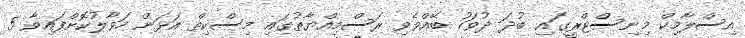
އިސްލާމިކް މިނިސްޓްރީގައި ބުދަ ދުވަހު ބޭއްވެވި ރަސްމިއްޔާތުގައި މިސްކިތް އަޅަން ހަވާލުކޮށްފައިވާ 5